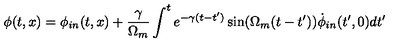
\phi ( t , x ) = \phi _ { i n } ( t , x ) + { \frac { \gamma } { \Omega _ { m } } } \int ^ { t } e ^ { - \gamma ( t - t ^ { \prime } ) } \sin ( \Omega _ { m } ( t - t ^ { \prime } ) ) \dot { \phi } _ { i n } ( t ^ { \prime } , 0 ) d t ^ { \prime }